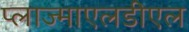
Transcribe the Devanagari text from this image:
प्लाज्माएलडीएल